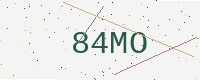
Text: 84MO